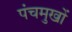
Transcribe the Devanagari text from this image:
पंचमुखों